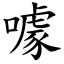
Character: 噱